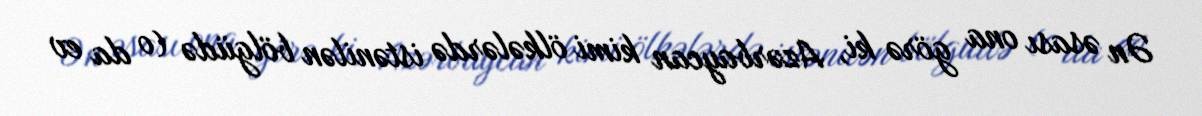
Ən əsası ona görə ki, Azərbaycan kimi ölkələrdə istənilən bölgüdə (o da ev